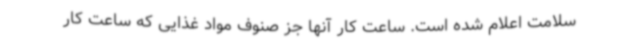
سلامت اعلام شده است. ساعت کار آنها جز صنوف مواد غذایی که ساعت کار